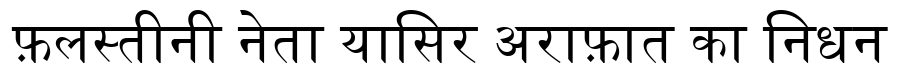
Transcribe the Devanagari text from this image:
फ़लस्तीनी नेता यासिर अराफ़ात का निधन